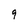
Character: g